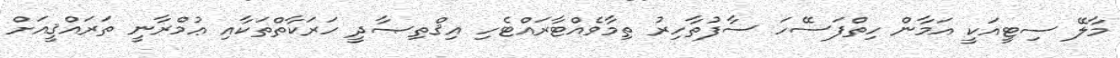
މާލޭ ސިޓީއަކީ އަމާން ހިތްފަސޭހަ ސާފުތާހިރު ތިމާވެއްޓާރައްޓެހި އިޤްތިޞާދީ ހަރަކާތްތަކާއި ޢުމްރާނީ ތަރައްޤީއަށް